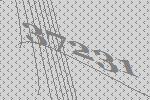
37231